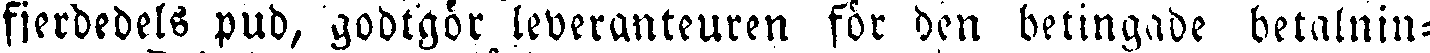
fjerdedels pud, godtgör leveranteuren för den betingade betalnin-